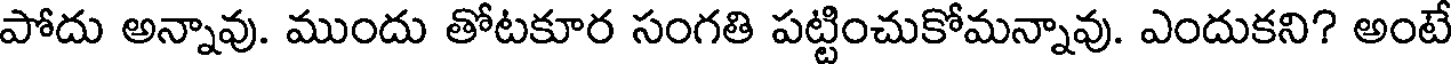
పోదు అన్నావు. ముందు తోటకూర సంగతి పట్టించుకోమన్నావు. ఎందుకని? అంటే